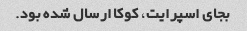
بجای اسپرایت، کوکا ارسال شده بود.